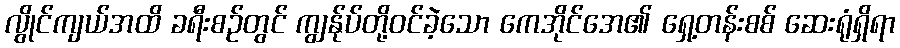
လွိုင်ကျယ်အထိ ခရီးစဉ်တွင် ကျွန်ုပ်တို့ဝင်ခဲ့သော ကေအိုင်အေ၏ ရှေ့တန်းစစ် ဆေးရုံရှိရာ